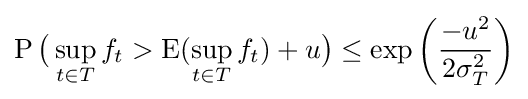
\operatorname {P} {\big (}\sup _{t\in T}f_{t}>\operatorname {E} (\sup _{t\in T}f_{t})+u{\big )}\leq \exp {\bigg (}{\frac {-u^{2}}{2\sigma _{T}^{2}}}{\bigg )}